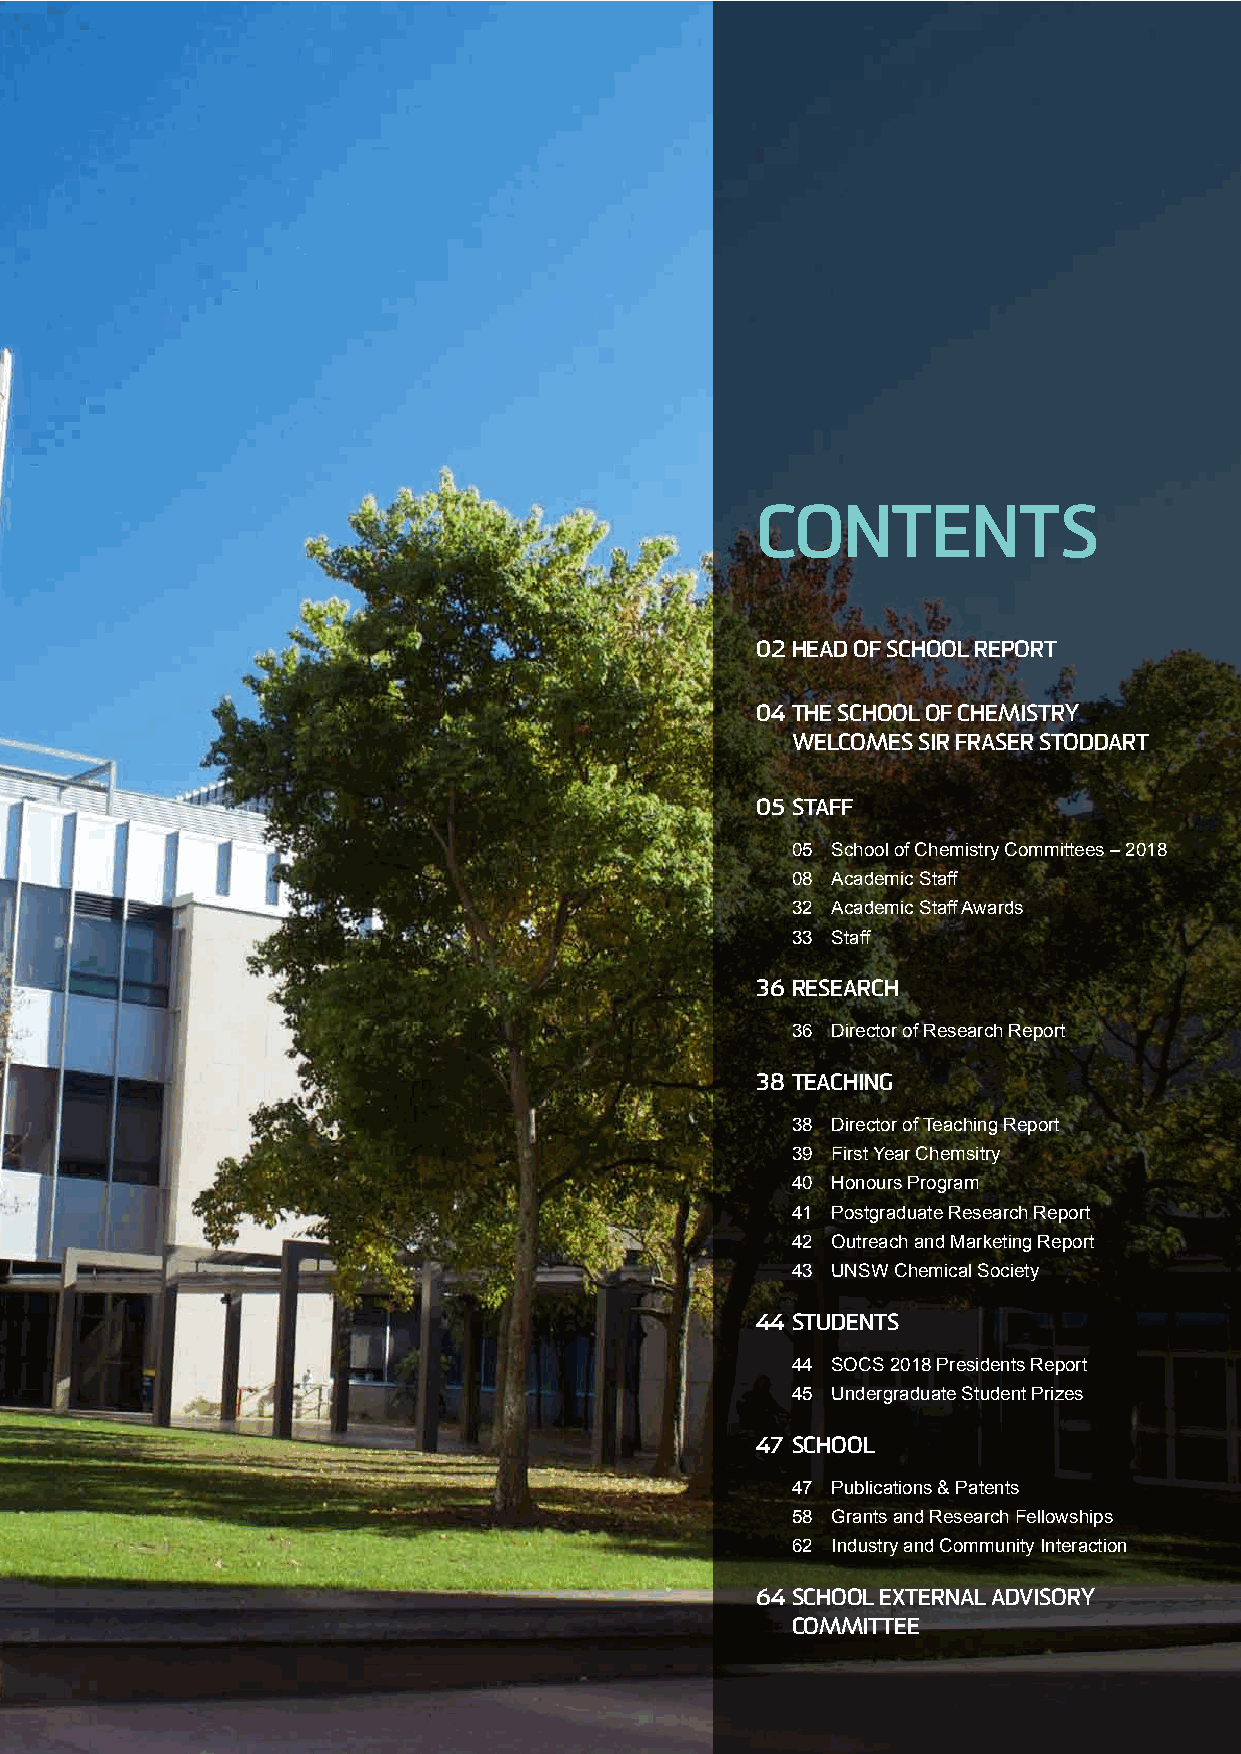
CONTENTS
 02 HEAD OF SCHOOL REPORT
 04 THE SCHOOL OF CHEMISTRY
 WELCOMES SIR FRASER STODDART
 05 STAFF
 05 School of Chemistry Committees – 2018
 08 Academic Staff
 32 Academic Staff Awards
 33 Staff
 36 RESEARCH
 36 Director of Research Report
 38 TEACHING
 38 Director of Teaching Report
 39 First Year Chemsitry
 40 Honours Program
 41 Postgraduate Research Report
 42 Outreach and Marketing Report
 43 UNSW Chemical Society
 44 STUDENTS
 44 SOCS 2018 Presidents Report
 45 Undergraduate Student Prizes
 47 SCHOOL
 47 Publications & Patents
 58 Grants and Research Fellowships
 62 Industry and Community Interaction
 64 SCHOOL EXTERNAL ADVISORY
 COMMITTEE